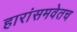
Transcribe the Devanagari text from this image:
हारांसमवेतच